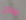
يمكن